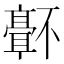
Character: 𬴜